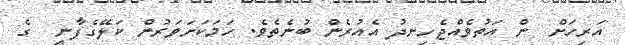
އަރިހަށް  ން އަތުވެއްޖެހިނދު އެއުރެން ބުނެތެވެ. ހަމަކަށަވަރުން ކަލޭގެފާނީ  ގެ